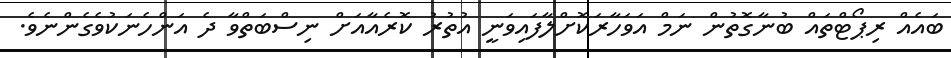
ބައެއް ރިޕޯޓްތައް ބުނާގޮތުން ނަމް އަވަހާރަކޮށްލާފައިވަނީ އުތުރު ކޮރެއާއަށް ނިސްބަތްވާ ދެ އަންހެނަކުވެގެންނެވެ.